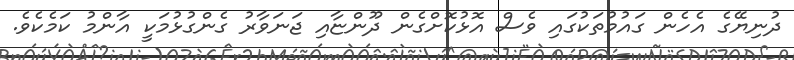
ދުނިޔޭގެ އެހެން ގައުމުތަކުގައި ވެސް އޮޅުކޮށްގެން ދޫންޏާއި ޖަނަވާރު ގެންގުޅުމަކީ އާންމު ކަމެކެވެ.